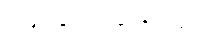
ပြန်ထွက်သွားသည်။